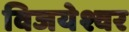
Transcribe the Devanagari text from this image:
विजयेश्वर